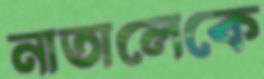
নাতালেকে